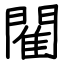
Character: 閵